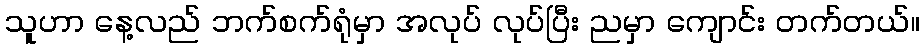
သူဟာ နေ့လည် ဘက်စက်ရုံမှာ အလုပ် လုပ်ပြီး ညမှာ ကျောင်း တက်တယ်။